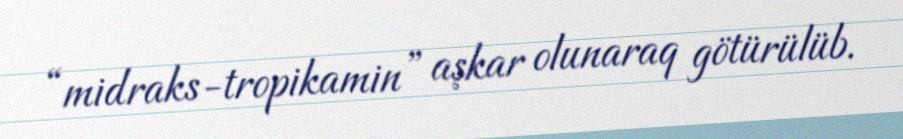
“midraks-tropikamin” aşkar olunaraq götürülüb.